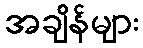
အချိန်များ